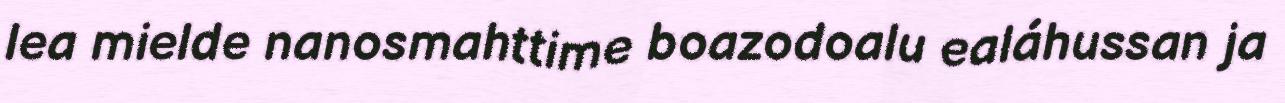
lea mielde nanosmahttime boazodoalu ealáhussan ja